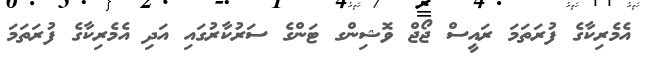
އެމެރިކާގެ ފުރަތަމަ ރައީސް ޖޯޖް ވޮޝިންގ ޓަންގެ ސަރުކާރުގައި އަދި އެމެރިކާގެ ފުރަތަމަ